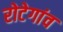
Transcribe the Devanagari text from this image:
रोटेगांव